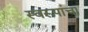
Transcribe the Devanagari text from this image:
स्वरूपांचा